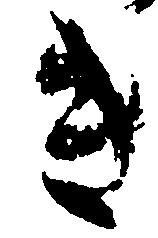
き